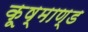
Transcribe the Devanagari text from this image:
कूष्माण्ड